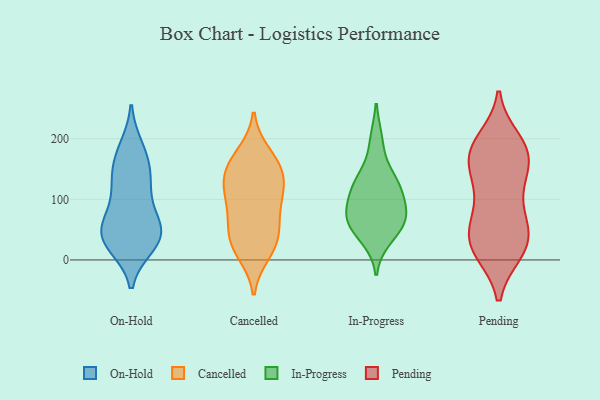
{"axis": {"x": "Demand Index", "y": "Value"}, "legend": ["Cancelled", "In-Progress", "On-Hold", "Pending"], "data": [{"x": "", "y": 153, "type": "On-Hold"}, {"x": "", "y": 28, "type": "On-Hold"}, {"x": "", "y": 43, "type": "On-Hold"}, {"x": "", "y": 75, "type": "On-Hold"}, {"x": "", "y": 108, "type": "On-Hold"}, {"x": "", "y": 50, "type": "On-Hold"}, {"x": "", "y": 184, "type": "On-Hold"}, {"x": "", "y": 175, "type": "On-Hold"}, {"x": "", "y": 40, "type": "On-Hold"}, {"x": "", "y": 25, "type": "On-Hold"}, {"x": "", "y": 55, "type": "On-Hold"}, {"x": "", "y": 136, "type": "On-Hold"}, {"x": "", "y": 37, "type": "On-Hold"}, {"x": "", "y": 125, "type": "On-Hold"}, {"x": "", "y": 131, "type": "Cancelled"}, {"x": "", "y": 145, "type": "Cancelled"}, {"x": "", "y": 63, "type": "Cancelled"}, {"x": "", "y": 95, "type": "Cancelled"}, {"x": "", "y": 121, "type": "Cancelled"}, {"x": "", "y": 159, "type": "Cancelled"}, {"x": "", "y": 11, "type": "Cancelled"}, {"x": "", "y": 175, "type": "Cancelled"}, {"x": "", "y": 119, "type": "Cancelled"}, {"x": "", "y": 24, "type": "Cancelled"}, {"x": "", "y": 23, "type": "Cancelled"}, {"x": "", "y": 58, "type": "Cancelled"}, {"x": "", "y": 41, "type": "Cancelled"}, {"x": "", "y": 161, "type": "Cancelled"}, {"x": "", "y": 96, "type": "Cancelled"}, {"x": "", "y": 37, "type": "In-Progress"}, {"x": "", "y": 72, "type": "In-Progress"}, {"x": "", "y": 121, "type": "In-Progress"}, {"x": "", "y": 99, "type": "In-Progress"}, {"x": "", "y": 126, "type": "In-Progress"}, {"x": "", "y": 60, "type": "In-Progress"}, {"x": "", "y": 133, "type": "In-Progress"}, {"x": "", "y": 64, "type": "In-Progress"}, {"x": "", "y": 71, "type": "In-Progress"}, {"x": "", "y": 196, "type": "In-Progress"}, {"x": "", "y": 27, "type": "Pending"}, {"x": "", "y": 21, "type": "Pending"}, {"x": "", "y": 14, "type": "Pending"}, {"x": "", "y": 178, "type": "Pending"}, {"x": "", "y": 16, "type": "Pending"}, {"x": "", "y": 114, "type": "Pending"}, {"x": "", "y": 125, "type": "Pending"}, {"x": "", "y": 17, "type": "Pending"}, {"x": "", "y": 51, "type": "Pending"}, {"x": "", "y": 63, "type": "Pending"}, {"x": "", "y": 180, "type": "Pending"}, {"x": "", "y": 64, "type": "Pending"}, {"x": "", "y": 151, "type": "Pending"}, {"x": "", "y": 197, "type": "Pending"}, {"x": "", "y": 136, "type": "Pending"}, {"x": "", "y": 179, "type": "Pending"}, {"x": "", "y": 173, "type": "Pending"}, {"x": "", "y": 186, "type": "Pending"}, {"x": "", "y": 61, "type": "Pending"}]}